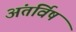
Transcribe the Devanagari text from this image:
अंतर्विष